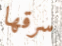
سرقها